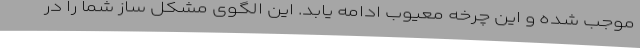
موجب شده و این چرخه معیوب ادامه یابد. این الگوی مشکل ساز شما را در